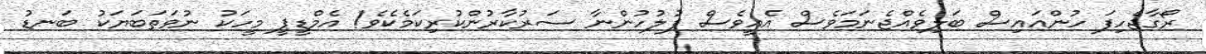
ރޯގާޖެހިފަ ހުންއައިސް ބަލިވެއްޖެނަމަވެސް އެއީވެސް ފުލުހުންނާ ސަރުކާރުންކުރިކަމެކެވެ! އެމްޑީޕީ މީހަކު ނުވަތަބަޔަކު ބަނޑު